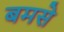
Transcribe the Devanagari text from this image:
बमसे